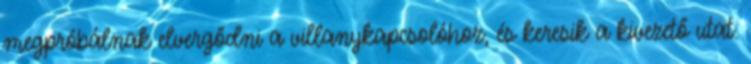
megpróbálnak elvergődni a villanykapcsolóhoz, és keresik a kivezető utat.